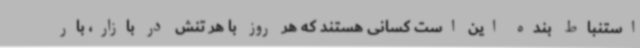
استنباط بنده این است کسانی هستند که هر روز با هر تنش در بازار، بار